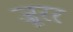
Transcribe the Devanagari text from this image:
ज़ूरर